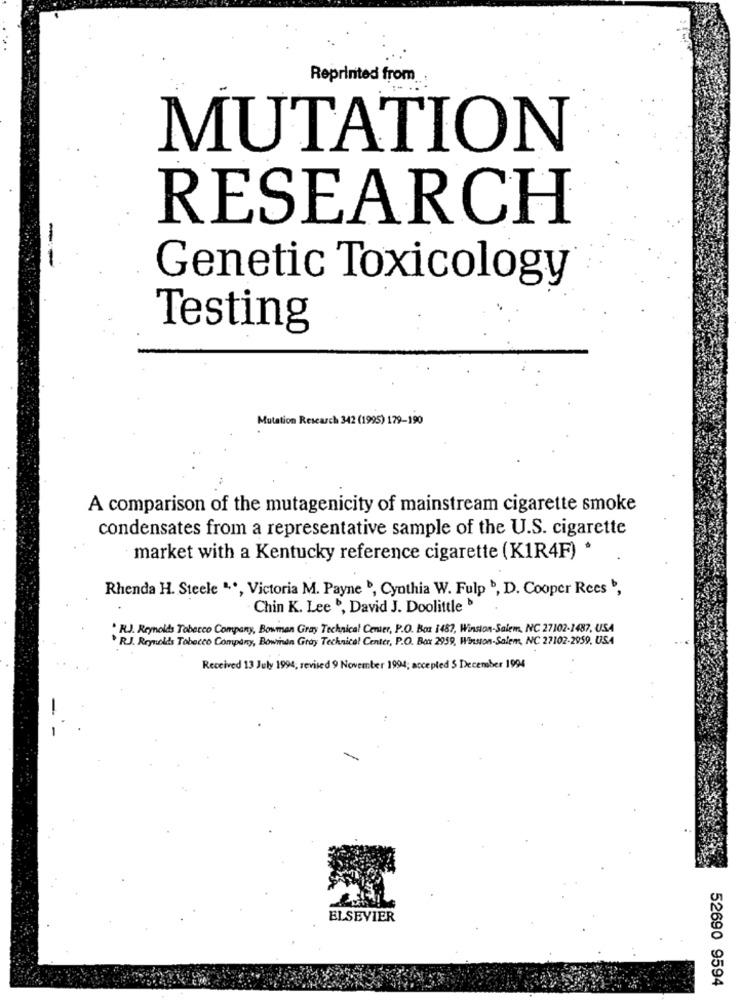
Reprinted from
MUTATION
RESEARCH
Genetic Toxicology
Testing
Mutation Research 342 (1995) 179-190
A comparison of the mutagenicity of mainstream cigarette smoke
condensates from a representative sample of the U.S. cigarette
market with a Kentucky reference cigarette (K1R4F) *
Rhenda H. Steele " ,., Victoria M. Payne , Cynthia W. Fulp b, D. Cooper Rees ',
· Chin K. Lee , David J. Doolittle >
. R.J. Remolds Tobacco Company, Bowman Gray Technical Center, P.O. Box 1487, Winston-Salem, NC 27102-1487, USA
> RJ. Reynolds Tobacco Company, Bowinan Gray Technical Center, P.O. Box 2959, Winston-Salem, NC 27102-2959, USA
Received 13 July 1994, revised 9 November 1994; accepted $ December 1994
ELSEVIER
52690 9594